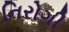
નિરોગી